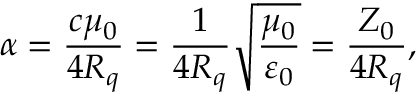
\alpha = \frac { c \mu _ { 0 } } { 4 R _ { q } } = \frac { 1 } { 4 R _ { q } } \sqrt { \frac { \mu _ { 0 } } { \varepsilon _ { 0 } } } = \frac { Z _ { 0 } } { 4 R _ { q } } ,